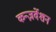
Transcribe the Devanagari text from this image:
कन्ज़र्वेशन